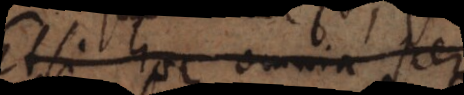
Etsi haec omnia per